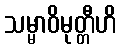
သမ္မာဝိမုတ္တီဟိ